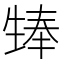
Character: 𪽃